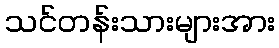
သင်တန်းသားများအား